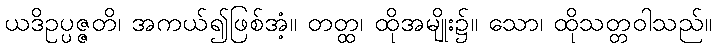
ယဒိဥပ္ပဇ္ဇတိ၊ အကယ်၍ဖြစ်အံ့။ တတ္ထ၊ ထိုအမျိုး၌။ သော၊ ထိုသတ္တဝါသည်။